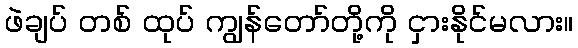
ဖဲချပ် တစ် ထုပ် ကျွန်တော်တို့ကို ငှားနိုင်မလား။